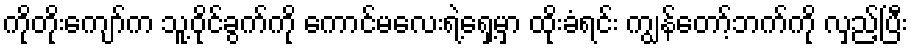
ကိုတိုးကျော်က သူ့ဝိုင်ခွက်ကို ကောင်မလေးရဲ့ရှေ့မှာ ထိုးခံရင်း ကျွန်တော့်ဘက်ကို လှည့်ပြီး